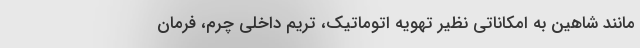
مانند شاهین به امکاناتی نظیر تهویه اتوماتیک، تریم داخلی چرم، فرمان